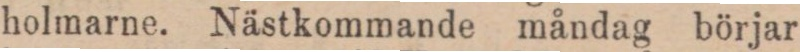
holmarne. Nästkommande måndag börjar